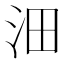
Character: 沺